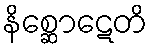
နိစ္ဆောဋေတိ